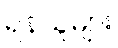
ရန်သူများ